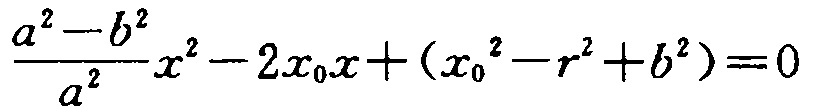
\frac{a^{2}-b^{2}}{a^{2}}x^{2}-2x_{0}x+(x_{0}^{2}-r^{2}+b^{2})=0